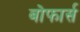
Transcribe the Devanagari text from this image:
बोफार्स